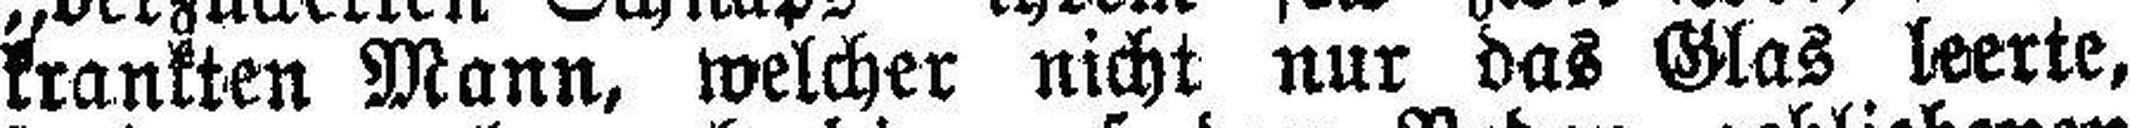
krankten Mann, welcher nicht nur das Glas leerte,